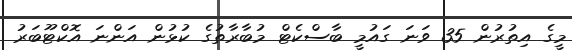
މީގެ އިތުރުން 35 ވަނަ ގައުމީ ބާސްކެޓް މުބާރާތުގެ ކުޅުން އަންނަ އޮކްޓޫބަރު